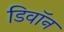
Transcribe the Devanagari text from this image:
डिवॉन